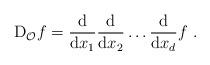
LaTeX: \begin{align*} {\rm D}_{\mathcal{O}} f = \frac{{\rm d}}{{\rm d} x_1} \frac{{\rm d}}{{\rm d} x_2} \ldots \frac{{\rm d}}{{\rm d} x_d} f~. \end{align*}